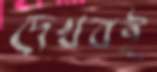
দেখবই